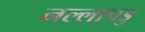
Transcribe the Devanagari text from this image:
नल्‍लापडु